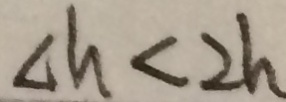
\Delta h < 2 h